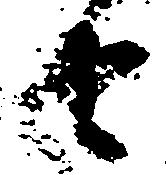
由